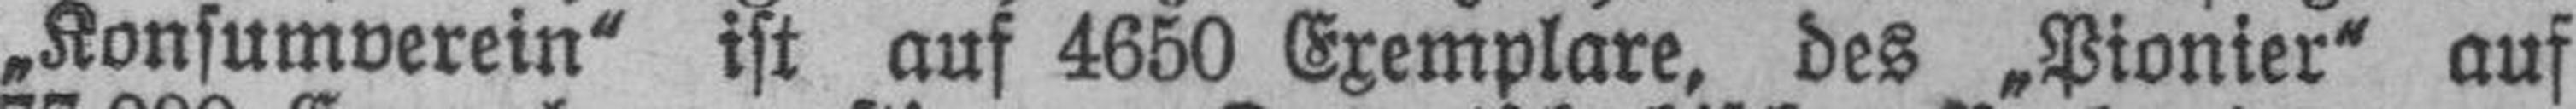
„Konsumverein“ ist auf 4650 Exemplare, des „Pionier“ auf